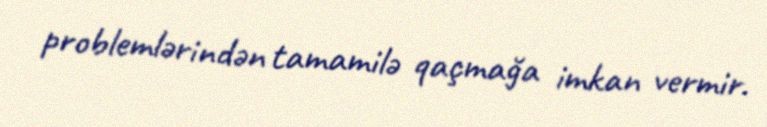
problemlərindən tamamilə qaçmağa imkan vermir.